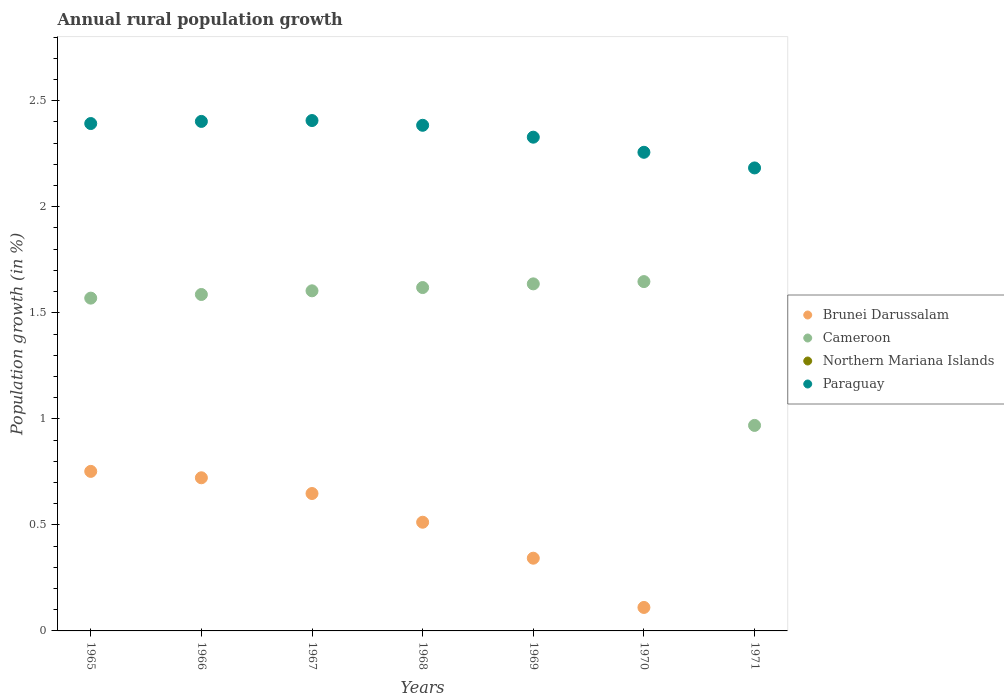
| Years | Brunei Darussalam | Cameroon | Northern Mariana Islands | Paraguay |
 | --- | --- | --- | --- | --- |
 | 1965 | 0.752 | 1.57 | -1.23 | 2.39 |
 | 1966 | 0.722 | 1.59 | -0.698 | 2.4 |
 | 1967 | 0.648 | 1.6 | -0.373 | 2.41 |
 | 1968 | 0.512 | 1.62 | -4.26 | 2.38 |
 | 1969 | 0.343 | 1.64 | -4.65 | 2.33 |
 | 1970 | 0.111 | 1.65 | -5.2 | 2.26 |
 | 1971 | -0.127 | 0.969 | -5.51 | 2.18 |